Vana-Antsla_vallavalitsus, lk 93
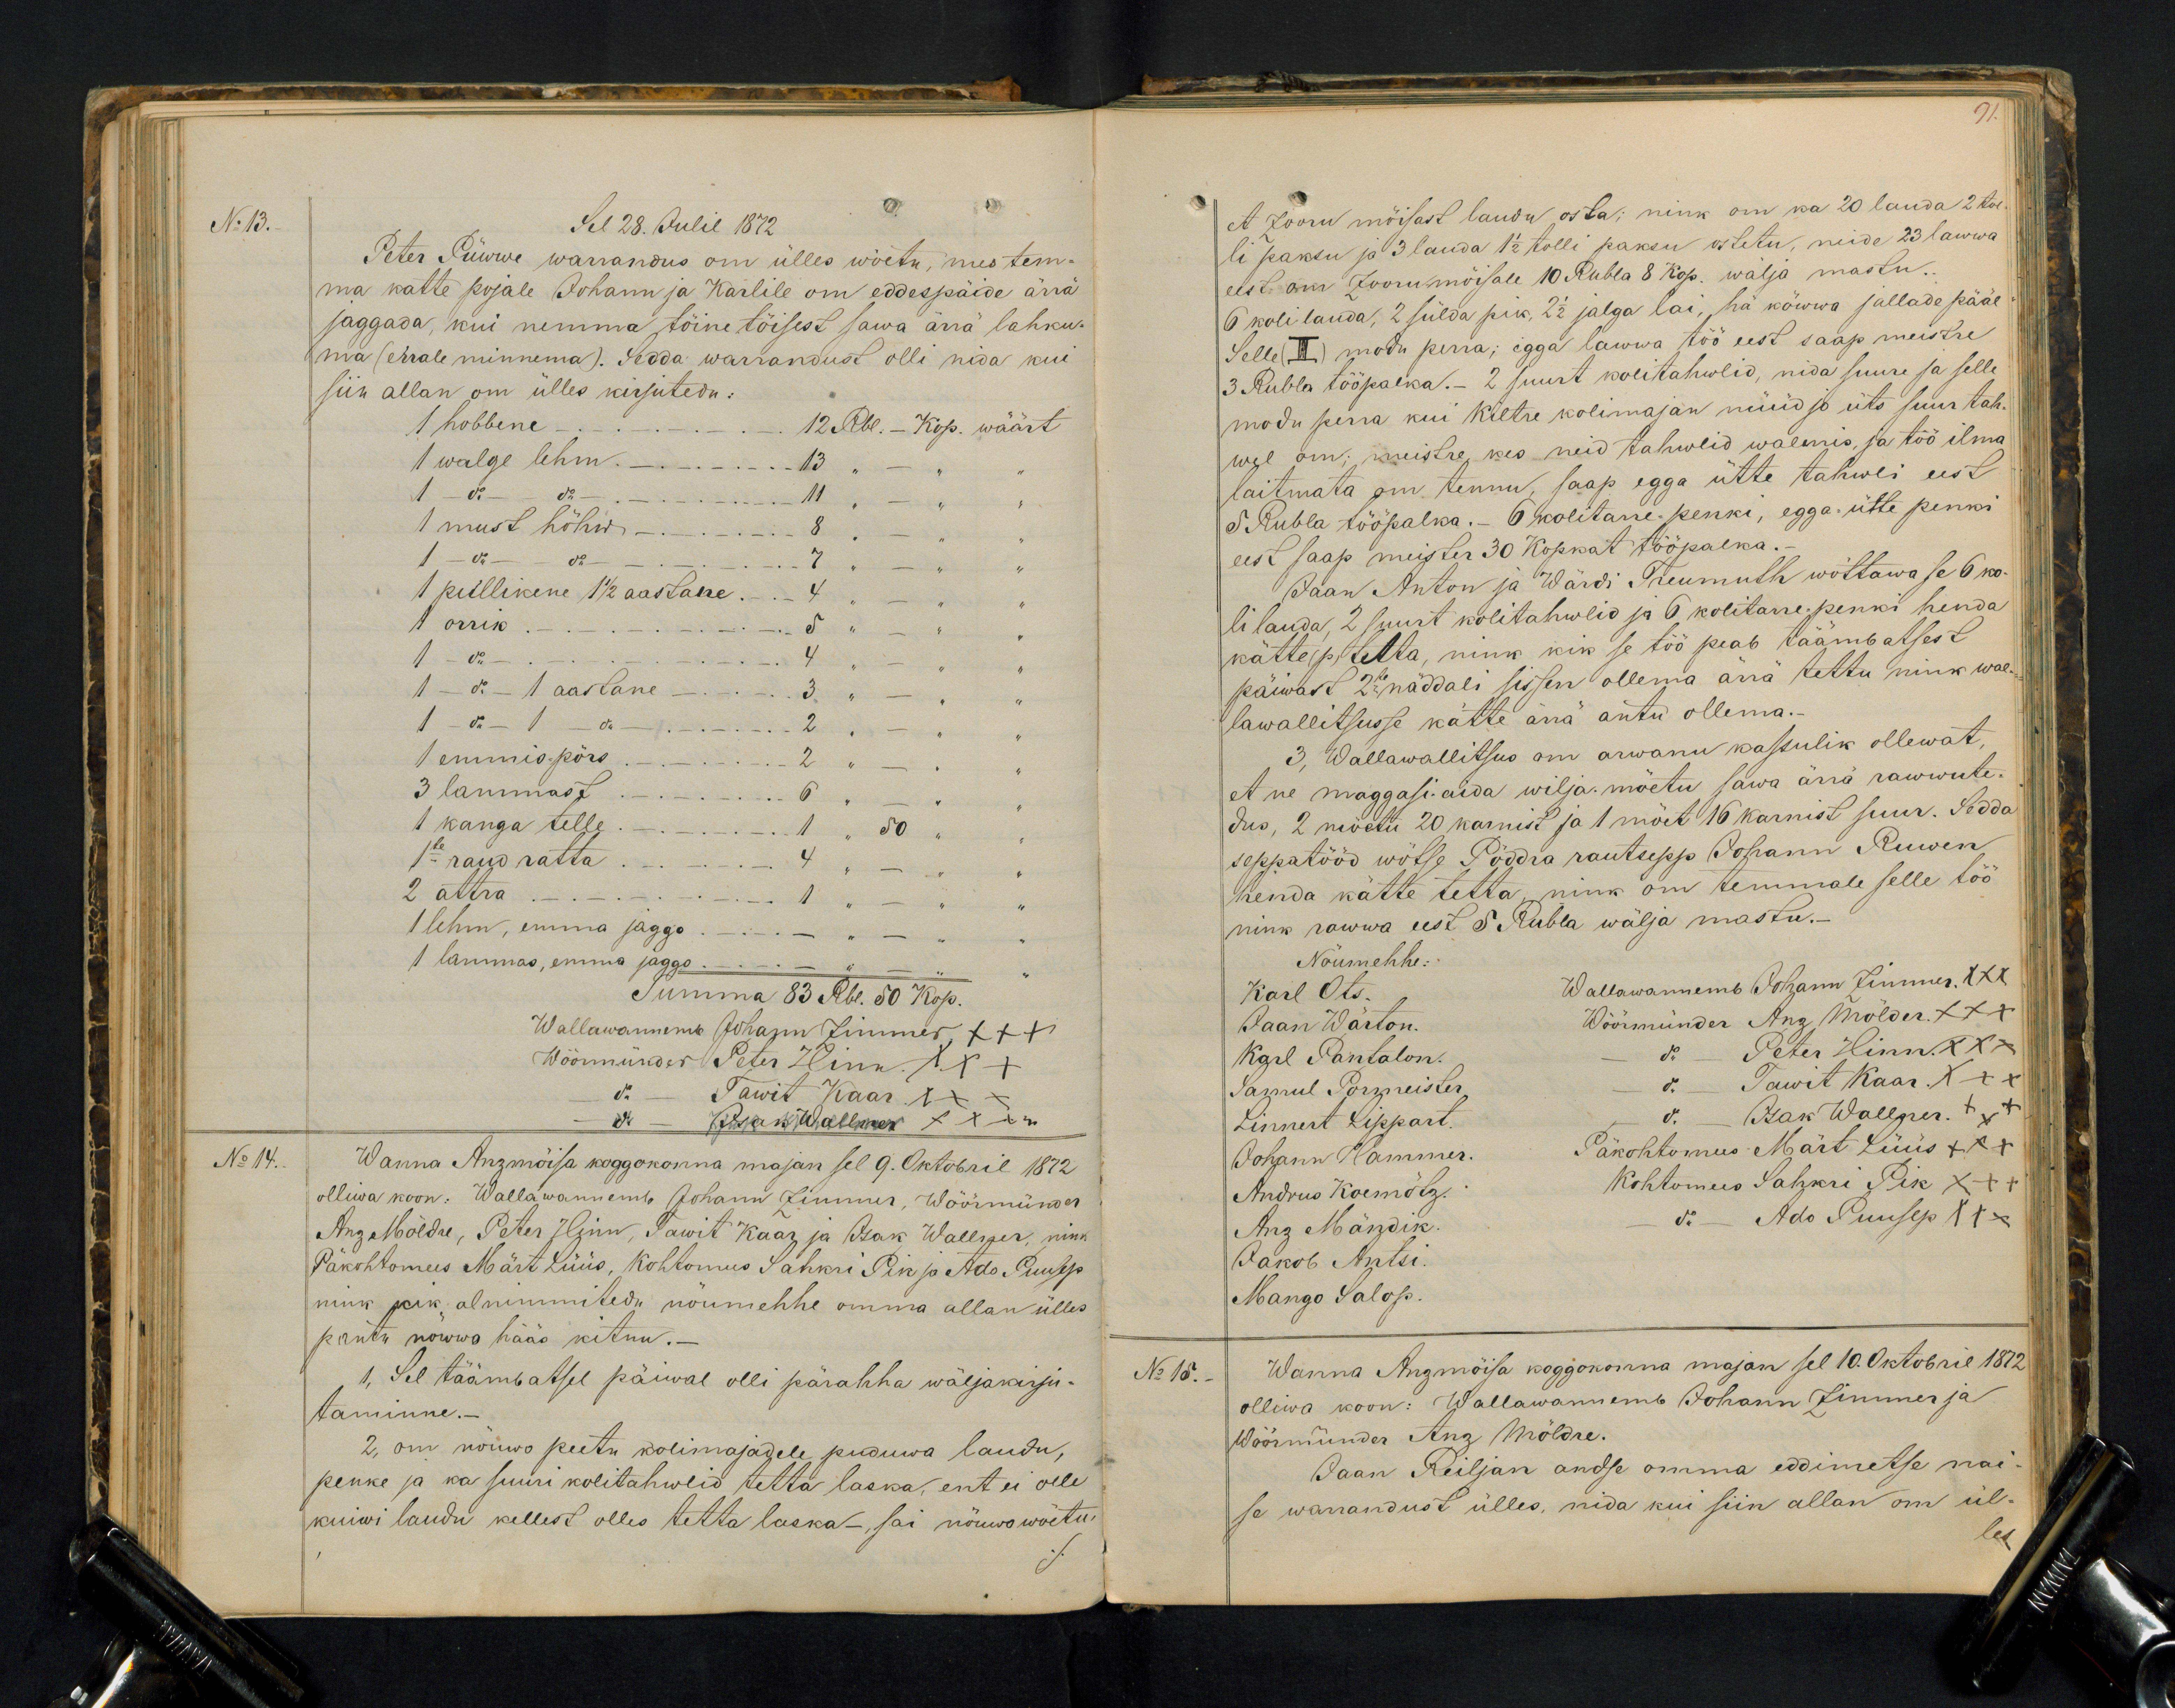
No 13.
Sel 28. Julil 1872
Peter Püwwe warrandus om ülles wöetk, mis tem-
ma katte pojale Johann ja Karlile om eddespäide ärrä
jaggada, kui nemma tõine töisest sawa ärrä lahku-
ma (errale minnema). Sedda warranduse olli nida kui
siin allan om ülles kirjutedu:
1 hobbene - - 12 Rbl. - Kop. wäärt
1 walge lehm. - - 13 " - " "
1 - do - do - 11 " - " "
1 must hõhw - 8 " - " "
1 - do - do - 7 " - " "
1 pullikene 1 1/2 aastane - 4 " - " "
1 orrik - - 5 " - " "
1 - do - 4 " - " "
1 - do - 1 aastane - 3 " - " "
1 - do - 1 do   2 " - " "
1 emmis pörs - - 2 " - " "
3 lammast - - 6 " - " "
1 kanga telle - - 1 " 50 " "
1se raud ratta - - 4 " - " "
2 attra - 1 " - " "
1 lehm, emma jaggo - - " - " "
1 lammas, emma jaggo. - - " - "
Summa 83 Rbl. 50 Kop.
Wallawannemb Johann Zlmmer XXX
Wöörmünder Peter Hinn XXX
do - Tawit Kaar XXX
do - Isak Wallner xxx
No 14.
Wanna Anzmõisa koggokonna majan sel 9. Oktobril 1872
olliwa koon: Wallawannemb Johann Zimmer, Wöörmünder
Anz Möldre, Peter Hinn, Tawit Kaar ja Isak Wallner, nink
Päkohtomees Märt Lüüs, Kohtomees Sahkri Pik ja Ado Puusep
nink kik alnimmitedu nöumehhe omma allan ülles
pantu nöwwa hääs ketnu. -
1, Sel täämbatsel päiwal olli pärahha wäljakirju-
taminne.-
2, on nöuwo peetu kolimajadele puduwa laudu,
penke ja ka suuri kolitahwlid tetta laska, ent ei olle
kuiwi laudu kellest olles tehta laska-, sai nöuwo wöitu

91.
et Zooru möisast lauda osta; nink on ka 20 lauda 2 tol
li pakku ja 3 lauda 1 1/2 tolli paksu ostetu, neide 23 lawwa
eest om Zoorumõisale 10 Rubla 8 kop. wälja mastu.
6 koli lauda, 2 sülda pik, 2 1/2 jalga lai, hä köwwa jallade pääl
Selle (II) modi perra; egga lawwa töö eest saap meistre
3 Rubla tööpalka. 2 suurt kolitahwlid, mida suure ja selle
modu perra kui Kiltre kolimajan nüüd jo üts suur tah-
wel om; meistre, kes neid tahwlid walmis, ja töö ilma
laitmata om tennu, saap egga ütte tahwli eest
eest saap meister 30 kopkat tööpalka.-
5 Rubla tööpalka.- 6 kolitarre-penki, egga ütte penki
Jaan Anton ja Wärdi Treumuth wõttawa se 6 ko-
lilauda, 2 suurt kolitahwlid ja 6 kolitarre-penki henda
kätte (p) tettaa, nink kik se töö peab täämbatsest
päiwast 2 1/2 näddali sissen ollema ärrä tettu nink wal-
lawallitsusse kätte ärrä antu ollema.
3. Wallawallitsus om arwanu kassulik ollewat,
et ne maggasi aida wilja möetu sawa ärra rawwute-
dus, 2 möetu 20 karnist ja 1 möet 16 karnist suur. Sedda
seppatööd wötse Pöddra rautsepp Johann Ruwen
henda kätte tetta, nink om temmale selle töö
nink rawwa eest 5 Rubla wälja mastu.
Nöumehhe:
Karl Ots. Wallawannemb Johann Zimmer xxx
Jaan Wärton. Wöörmünder Anz Mölder +++
Karl Pantalon. - do - Peter Hinn xxx
Samul Pormeister - do - Tawit Kaar. XXX
Linnert Lippart do. Isak Wallner. +++
Johann Hammer. Päkohtomees Märt Lüüs +++
Andrus Koemötz Kohtomees Sahkri Pik XXX
Anz Mändik. - do - Ado Puusep xxx
Jakob Antsi.
Mango Salop.
No 15.
Wanna Anzmöisa koggokonna majan sel 10. Oktobril 1872
olliwa koon: Wallawannemb Johann Zimmer ja
Wöörmünder Anz Möldre.
Jaan Reiljan andse omma eddimetse nai-
se warrandust ülles, nida kui siin allan om ül-
les.